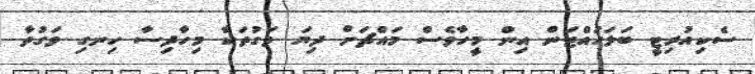
ސެކިއުރިޓީ ބަލަހައްޓަން އިން މީހާވެސް މައްޗަށް ދިޔަ ވަގުތަކާ މިހާދިސާ ހިނގި ވަގުތާ